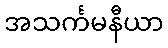
အသင်္ကမနီယာ